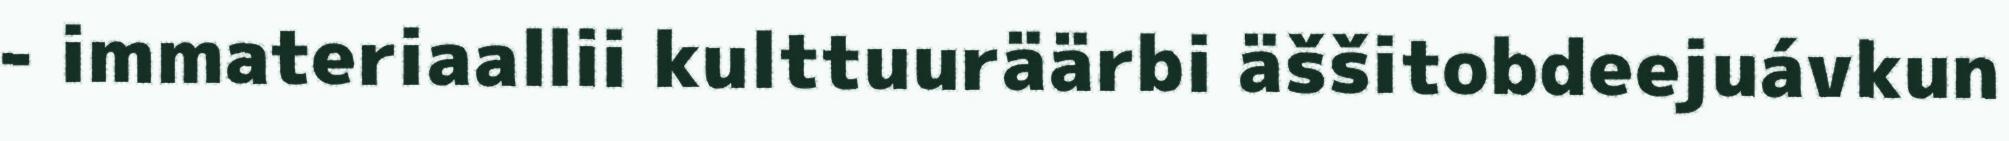
- immateriaallii kulttuuräärbi äššitobdeejuávkun